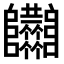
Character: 𨽴